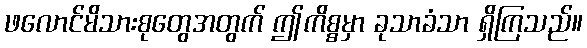
ဖလောင်မိသားစုတွေအတွက် ဤကိစ္စမှာ ခုသာခံသာ ရှိကြသည်။